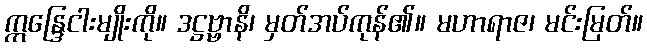
ဣန္ဒြေငါးမျိုးကို။ ဒဋ္ဌဗ္ဗာနိ၊ မှတ်အပ်ကုန်၏။ မဟာရာဇ၊ မင်းမြတ်။